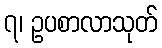
၇၊ ဥပစာလာသုတ်